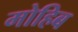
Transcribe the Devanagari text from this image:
मोहिब